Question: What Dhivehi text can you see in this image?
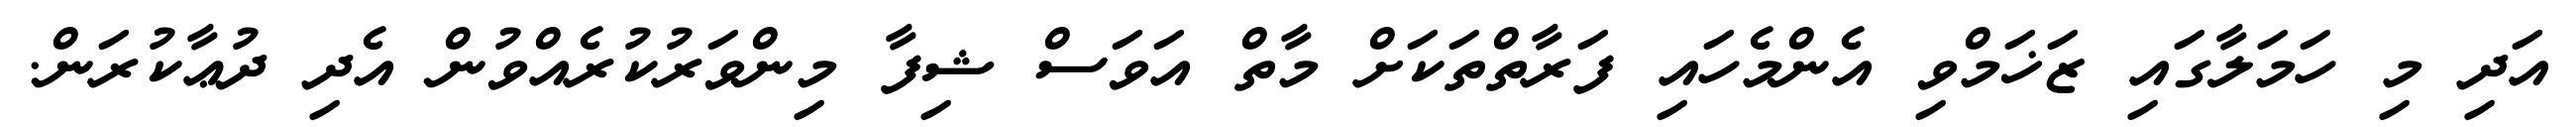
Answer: އަދި މި ހަމަލާގައި ޒަޚަމްވި އެންމެހައި ފަރާތްތަކަށް މާތް އަވަސް ޝިފާ މިންވަރުކުރެއްވުން އެދި ދުޢާކުރަން.